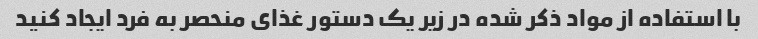
با استفاده از مواد ذکر شده در زیر یک دستور غذای منحصر به فرد ایجاد کنید